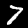
Digit: 7